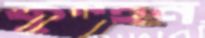
কুন্হন